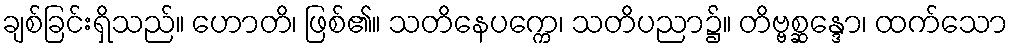
ချစ်ခြင်းရှိသည်။ ဟောတိ၊ ဖြစ်၏။ သတိနေပက္ကေ၊ သတိပညာ၌။ တိဗ္ဗစ္ဆန္ဒော၊ ထက်သော